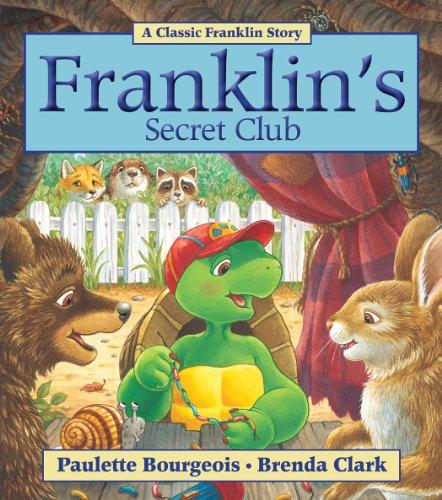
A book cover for Franklin's Secret Club; Paulette Bourgeois; Children's Books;